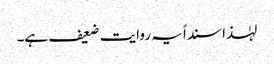
لہٰذا سنداً یہ روایت ضعیف ہے۔